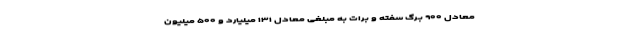
معادل ۹۰۰ بـرگ سفته و برات به مبلغی معادل ۱۳۱ میلیارد و ۵۰۰ میلیون